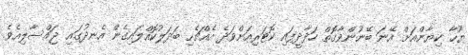
ޔޫހާ ކިޔާންއަށް އޭނަ ބޭނުންވާގޮތް ހަދާދީފައި ކޮޓަރިއަށްވަދެ އެއްޗެހި ބަދަލުކޮއްލައިގެން އެނދުގައި ޖައްސާލިއެވެ.